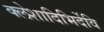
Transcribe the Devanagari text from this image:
क्लेशादिभिर्देवि